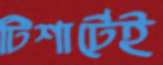
টিশার্টেই